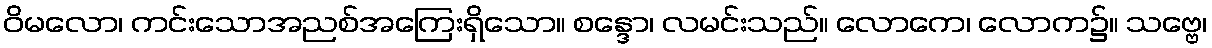
ဝိမလော၊ ကင်းသောအညစ်အကြေးရှိသော။ စန္ဒော၊ လမင်းသည်။ လောကေ၊ လောက၌။ သဗ္ဗေ၊